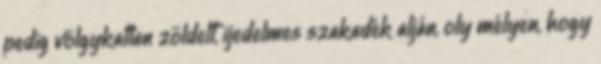
pedig völgykatlan zöldelt, ijedelmes szakadék alján, oly mélyen, hogy